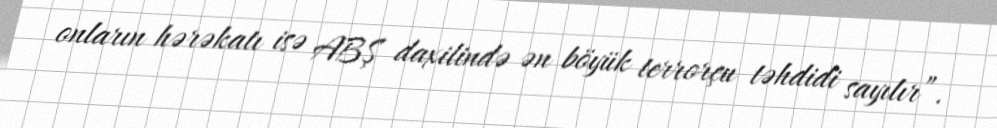
onların hərəkatı isə ABŞ daxilində ən böyük terrorçu təhdidi sayılır”.